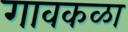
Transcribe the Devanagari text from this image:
गावकळा